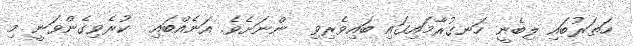
ހަތަރުބައި ލިބެނީ ހަނގުރާމައިގައި ބައިވެރިވި  ންނަށެވެ. އަނެއްބައި  ކުރެވިގެންވަނީ މި